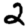
Digit: 2